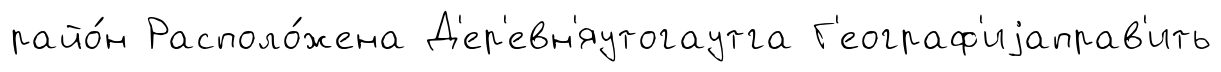
райо́н Располо́жена Д'ер'евн'яутогаутга Г'еограф'иjаправ'ить